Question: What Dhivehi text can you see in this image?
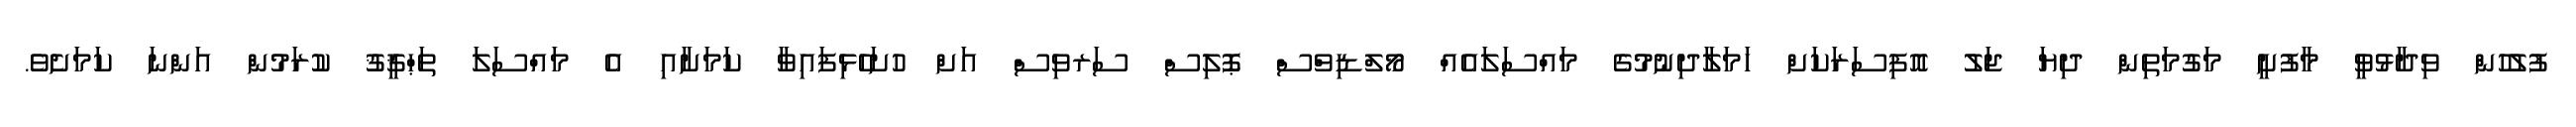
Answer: ފުލުހުން ވިދާޅުވީ މާފުށީ މަގުމަތިން ދިޔަ ޖަލު އޮފިސަރަކަށް ހަމަލާދިނުމުގެ މައްސަލައެއް މޯލްޑިވްސް ޕޮލިސް ސަރވިސް އަށް ހުށަހެޅިފައިވާ ކަމަށާއި އެ މައްސަލަ ތަޙްޤީޤު ކުރަމުން އަންނަ ކަމަށެވެ.